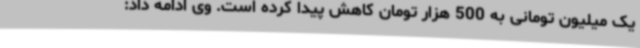
یک میلیون تومانی به 500 هزار تومان کاهش پیدا کرده است. وی ادامه داد: